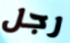
رجل